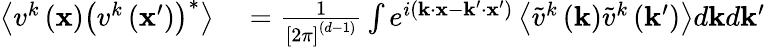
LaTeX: \begin{array}{rl}{\left\langle v^{k}\left(\mathbf{x}\right)\left(v^{k}\left(\mathbf{x}^{\prime}\right)\right)^{*}\right\rangle}&{{}=\frac{1}{\left[2\pi\right]^{(d-1)}}\int e^{i(\mathbf{k}\cdot\mathbf{x}-\mathbf{k}^{\prime}\cdot\mathbf{x}^{\prime})}\left\langle\tilde{v}^{k}\left(\mathbf{k}\right)\tilde{v}^{k}\left(\mathbf{k}^{\prime}\right)\right\rangle d\mathbf{k}d\mathbf{k}^{\prime}}\end{array}